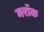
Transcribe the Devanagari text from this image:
मरॉक